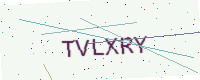
Text: TVLXRY